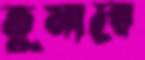
তুমারে